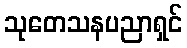
သုတေသနပညာရှင်